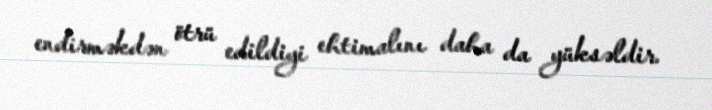
endirməkdən ötrü edildiyi ehtimalını daha da yüksəldir.